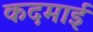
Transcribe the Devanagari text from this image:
कदमाई